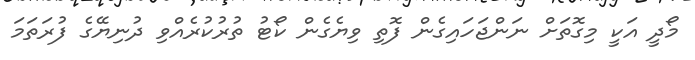
މޯދީ އަކީ މިގޮތަށް ނަންޖަހައިގެން ފޮތި ވިޔެގެން ކޯޓު ތުރުކުރެއްވި ދުނިޔޭގެ ފުރަތަމަ